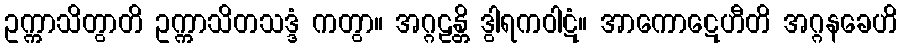
ဥက္ကာသိတွာတိ ဥက္ကာသိတသဒ္ဒံ ကတွာ။ အဂ္ဂဠန္တိ ဒွါရကဝါဋံ။ အာကောဋေဟီတိ အဂ္ဂနခေဟိ